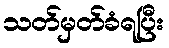
သတ်မှတ်ခံရပြီး